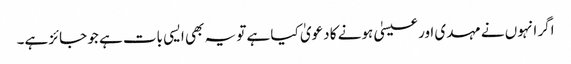
اگر انہوں نے مہدی اور عیسیٰ ہونے کا دعویٰ کیا ہے تو یہ بھی ایسی بات ہے جو جائز ہے۔